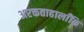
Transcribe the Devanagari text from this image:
अरक्तताहालाँकि